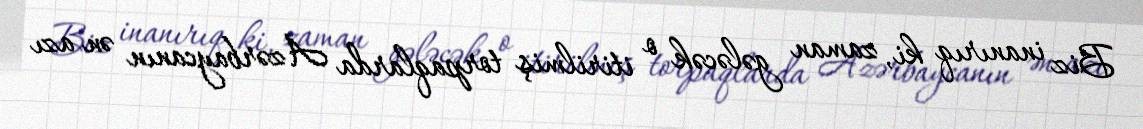
Biz inanırıq ki, zaman gələcək o itirilmiş torpaqlarda Azərbaycanın ən azı